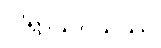
ပါရာသိဝိယဿ